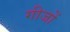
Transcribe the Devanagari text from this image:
गीजों